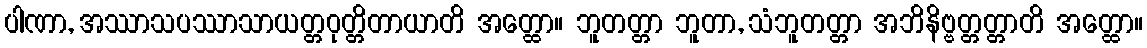
ပါဏာ, အဿာသပဿာသာယတ္တဝုတ္တိတာယာတိ အတ္ထော။ ဘူတတ္တာ ဘူတာ, သံဘူတတ္တာ အဘိနိဗ္ဗတ္တတ္တာတိ အတ္ထော။